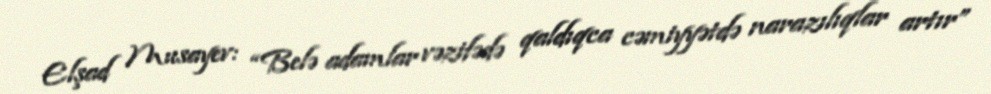
Elşad Musayev: “Belə adamlar vəzifədə qaldıqca cəmiyyətdə narazılıqlar artır”